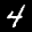
Label: 4